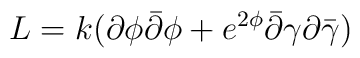
L = k(\partial\phi\bar\partial\phi + e^{2\phi}\bar\partial\gamma\partial\bar\gamma)